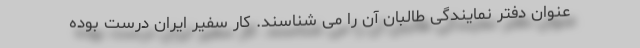
عنوان دفتر نمایندگی طالبان آن را می شناسند. کار سفیر ایران درست بوده